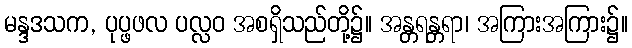
မန္ဒဒသက, ပုပ္ဖဖလ ပလ္လဝ အစရှိသည်တို့၌။ အန္တရန္တရာ၊ အကြားအကြား၌။